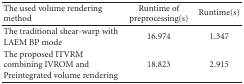
| The used volume rendering method | Runtime of preprocessing(s) | Runtime(s) |
 | --- | --- | --- |
 | The traditional shear-warp with LAEM BP mode | 16.974 | 1.347 |
 | The proposed ITVRM combining IVROM and Preintegrated volume rendering | 18.823 | 2.915 |